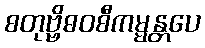
စတုဗ္ဗိဓဝစီကမ္မန္တပေ